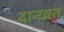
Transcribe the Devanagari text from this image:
दानव्रत